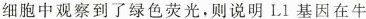
细胞中观察到了绿色荧光，则说明L1基因在牛